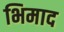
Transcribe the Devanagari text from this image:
भिमाद